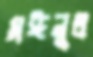
মঈনুল